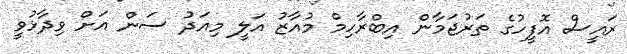
ރައީސް އޮފީހުގެ ތަރުޖަމާން އިބްރާހިމް މުއާޒު އަލީ މިއަދު ސަން އަށް ވިދާޅުވީ